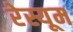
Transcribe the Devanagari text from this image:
रेस्यूम